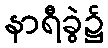
နာရီခွဲ၌